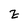
Character: z